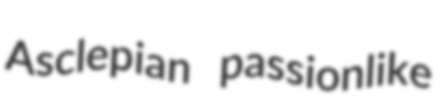
Asclepian passionlike